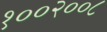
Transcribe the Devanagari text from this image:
१००२००८